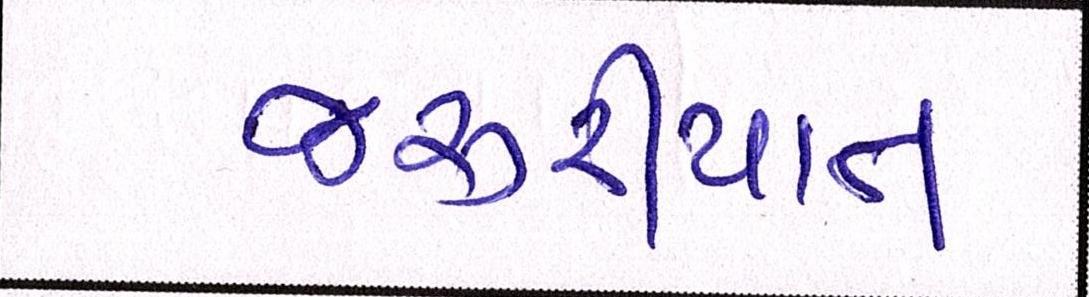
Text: જરૂરીયાત